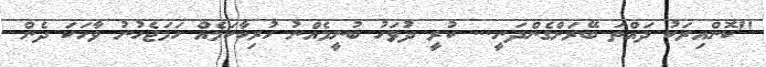
''ކޮންއިރަކު ދައްތަ ބޭރަށްގެންދަނީ... ކުރީ ދުވަހު ބުނީމެއްނު ހުރިހާކަމެއް ހަމަޖެހުނު ވާހަކަ ދެން